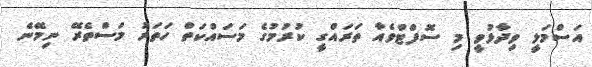
އަސްމަލީ ވިދާޅުވީ މި ސޮފްޓްވެއާ ތަރައްގީ ކުރުމުގެ މަސައްކަތް ހަތަރު މަސްތެރޭ ނިމޭނެ